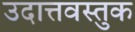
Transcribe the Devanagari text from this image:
उदात्तवस्तुक